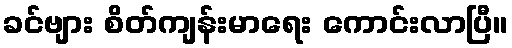
ခင်ဗျား စိတ်ကျန်းမာရေး ကောင်းလာပြီ။